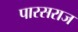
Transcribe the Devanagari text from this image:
पारसराज